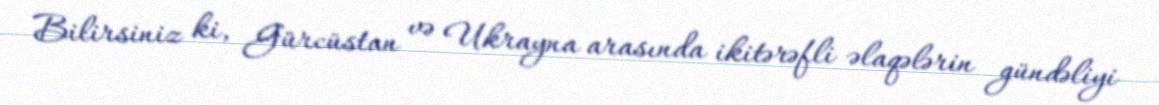
Bilirsiniz ki, Gürcüstan və Ukrayna arasında ikitərəfli əlaqələrin gündəliyi